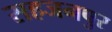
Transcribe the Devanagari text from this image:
सहजनपुर